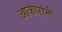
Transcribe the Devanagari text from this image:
आकारांनी